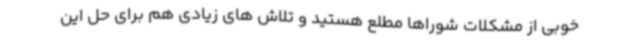
خوبی از مشکلات شوراها مطلع هستید و تلاش های زیادی هم برای حل این